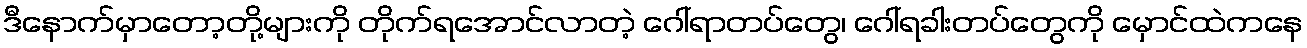
ဒီနောက်မှာတော့တို့များကို တိုက်ရအောင်လာတဲ့ ဂေါ်ရာတပ်တွေ၊ ဂေါ်ရခါးတပ်တွေကို မှောင်ထဲကနေ